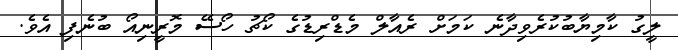
ލީގު ކާމިޔާބުކުރެވިދާނެ ކަމަށް ރެއާލް މެޑްރިޑުގެ ކޯޗު ހޯސޭ މޮރީނިއޯ ބުނެފި އެވެ.